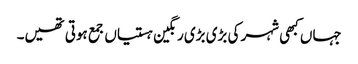
جہاں کبھی شہر کی بڑی بڑی رنگین ہستیاں جمع ہوتی تھیں۔